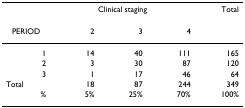
<table><thead><tr><td></td><td colspan="3"><b>Clinical staging</b></td><td><b>Total</b></td></tr></thead><tbody><tr><td>PERIOD</td><td>2</td><td>3</td><td>4</td><td></td></tr><tr><td>1</td><td>14</td><td>40</td><td>111</td><td>165</td></tr><tr><td>2</td><td>3</td><td>30</td><td>87</td><td>120</td></tr><tr><td>3</td><td>1</td><td>17</td><td>46</td><td>64</td></tr><tr><td>Total</td><td>18</td><td>87</td><td>244</td><td>349</td></tr><tr><td>%</td><td>5%</td><td>25%</td><td>70%</td><td>100%</td></tr></tbody></table>